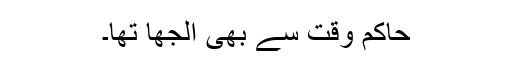
حاکم وقت سے بھی الجھا تھا۔